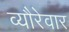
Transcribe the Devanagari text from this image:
व्यौरेवार